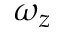
\omega _ { z }